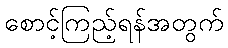
စောင့်ကြည့်ရန်အတွက်